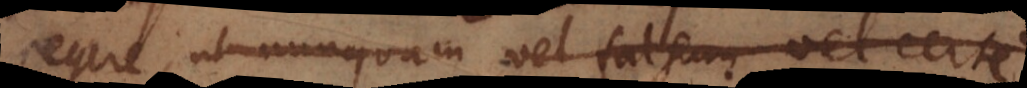
regere, ut nunquam vel falsum vel certe